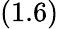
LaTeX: (1.6)